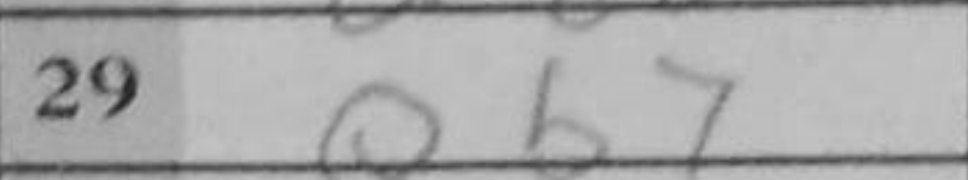
Transcription: Qb7